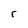
Character: r